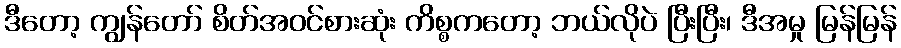
ဒီတော့ ကျွန်တော် စိတ်အဝင်စားဆုံး ကိစ္စကတော့ ဘယ်လိုပဲ ပြီးပြီး၊ ဒီအမှု မြန်မြန်